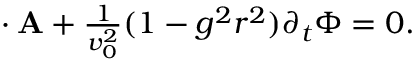
\begin{array} { r } { { \bf \nabla } \cdot { \bf A } + \frac { 1 } { v _ { 0 } ^ { 2 } } ( 1 - g ^ { 2 } r ^ { 2 } ) \partial _ { t } \Phi = 0 . } \end{array}